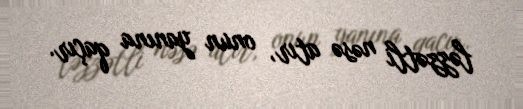
ləzzətli nəsə atır, onun yanına qaçır.